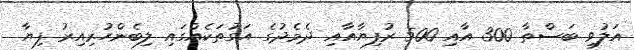
އަލުވި ބަސްތާ 300 އާއި 500 ރުފިޔާއާއި ދެމެދުގެ އަގުތަކެއްގައި ލިބެންހުރިއިރު ފިޔާ